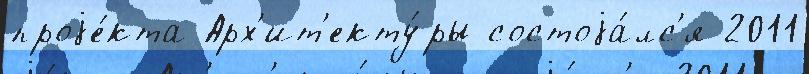
проjе́кта Арх'ит'екту́ры состоjа́лс'я 2011